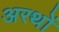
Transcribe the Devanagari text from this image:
अरथों